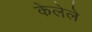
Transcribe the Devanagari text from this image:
केलेेले